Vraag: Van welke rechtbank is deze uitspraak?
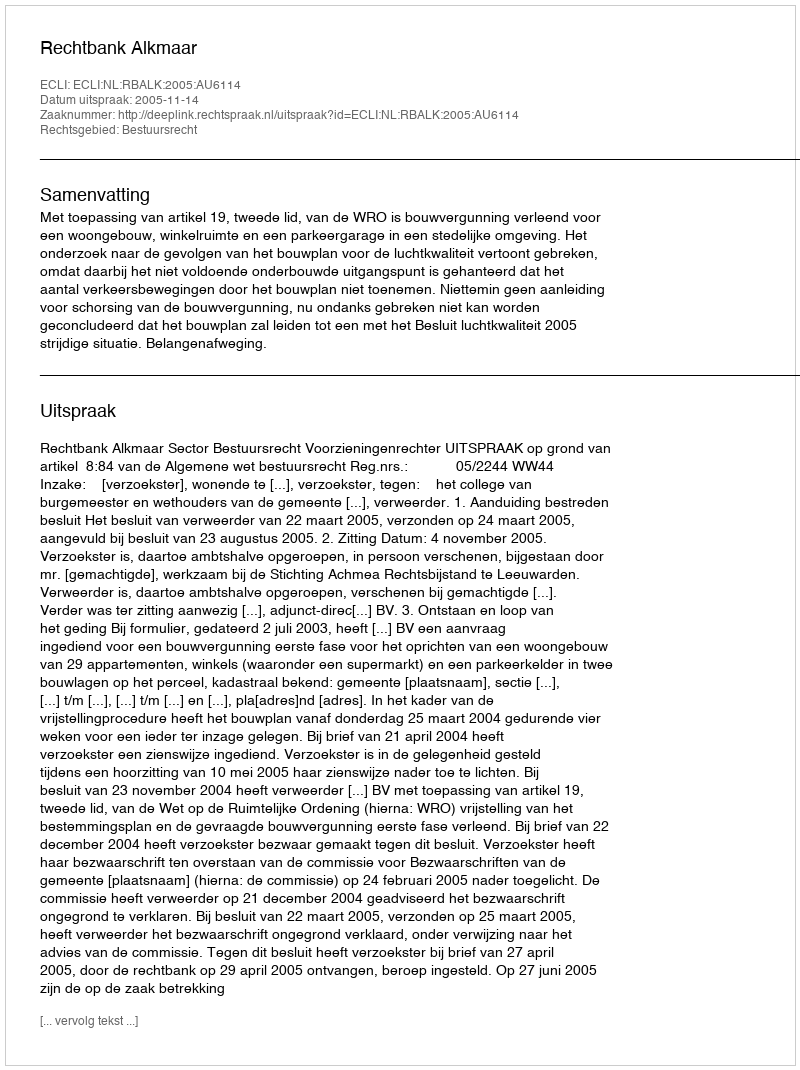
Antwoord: Rechtbank Alkmaar